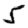
Digit: 5